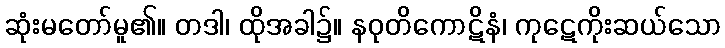
ဆုံးမတော်မူ၏။ တဒါ၊ ထိုအခါ၌။ နဝုတိကောဋိနံ၊ ကုဋေကိုးဆယ်သော